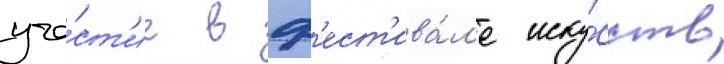
уча́ст'ие в ф'ест'ива́л'е иску́сств